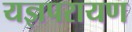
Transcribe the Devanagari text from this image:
यज्ञपरायण